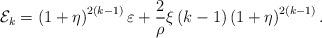
LaTeX: \begin{align*}\mathcal{E}_{k}=\left( 1+\eta \right) ^{2\left( k-1\right) }\varepsilon +\frac{2}{\rho }\xi \left( k-1\right) \left( 1+\eta \right) ^{2\left(k-1\right) }. \end{align*}